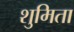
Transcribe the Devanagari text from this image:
शुमिता